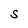
Character: S